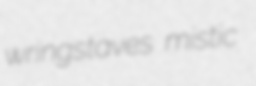
wringstaves mistic